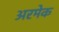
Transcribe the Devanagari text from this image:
अरमेक